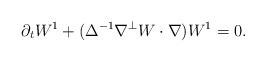
LaTeX: \begin{align*}\partial_t W^1 + (\Delta^{-1} \nabla^{\perp} W \cdot \nabla) W^1=0.\end{align*}